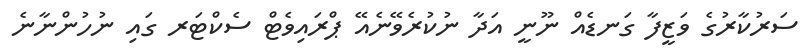
ސަރުކާރުގެ ވަޒީފާ ގަނޑެއް ނޫނީ އަދާ ނުކުރެވޭނެއޭ ޕްރައިވެޓް ސެކްޓަރ ގައި ނުހުންނާނެ